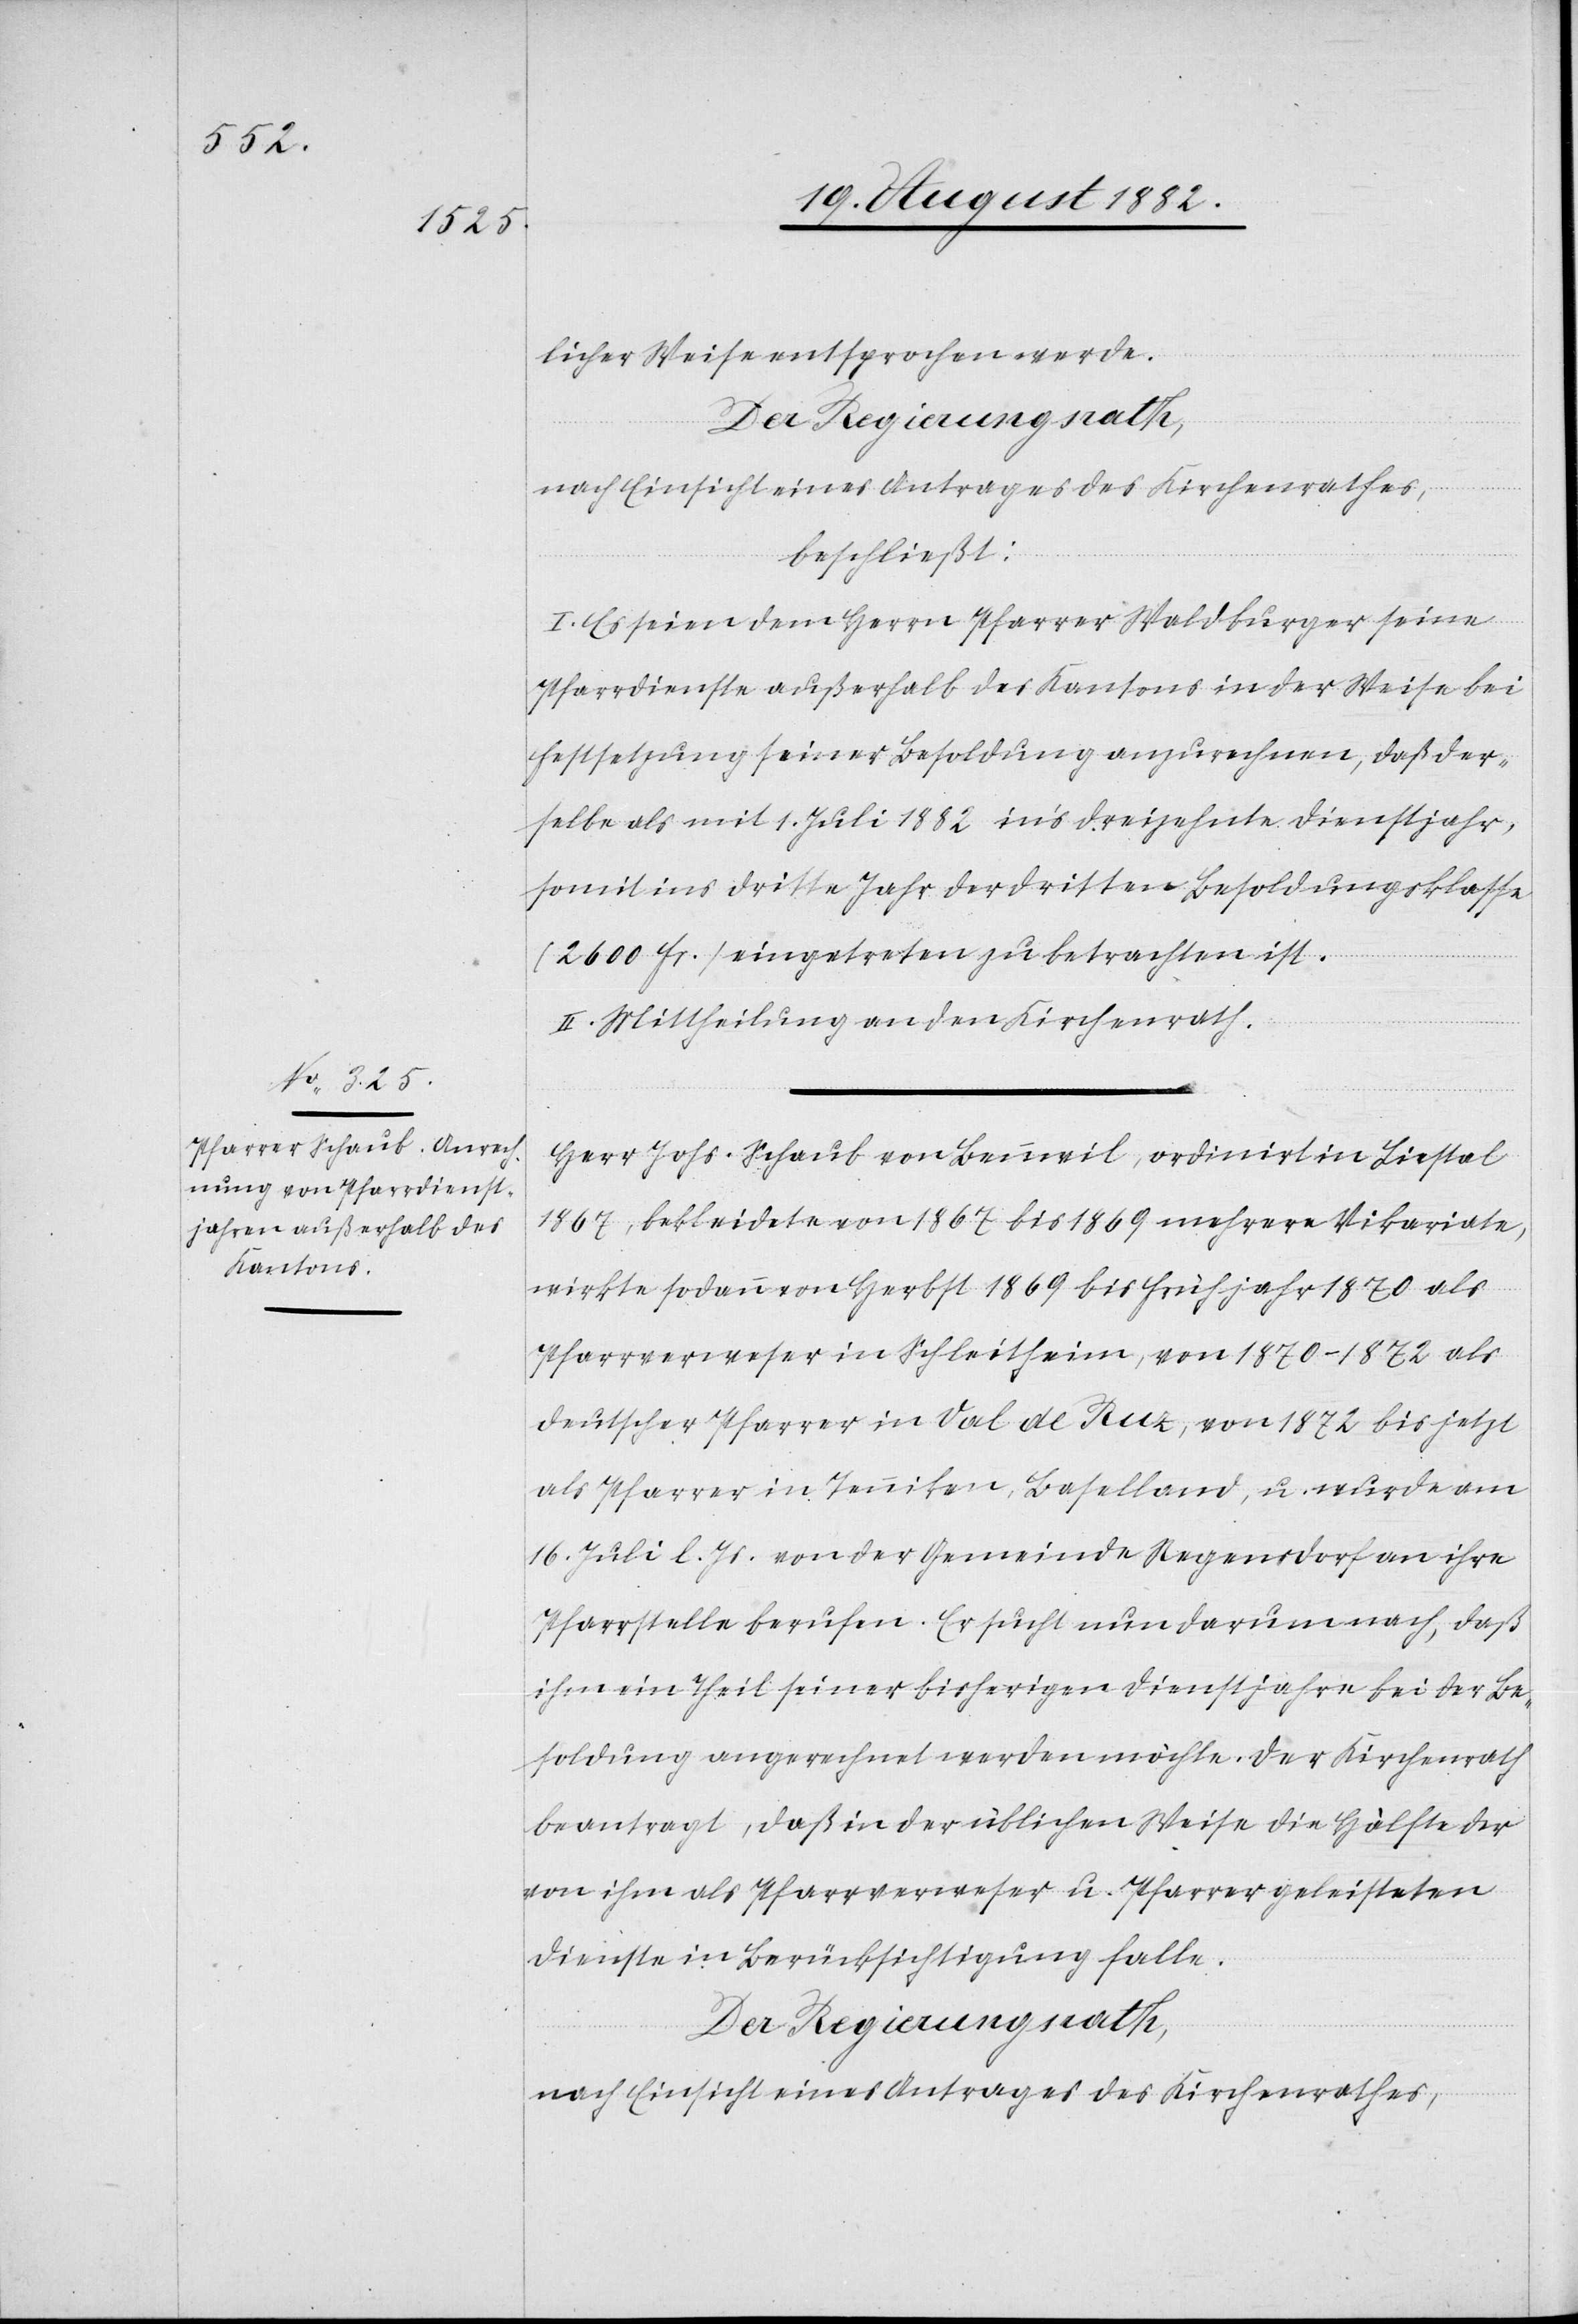
licher Weise entsprochen werde.
Der Regierungsrath,
nach Einsicht eines Antrages des Kirchenrathes,
beschließt:
I. Es seien dem Herrn Pfarrer Waldburger seine
Pfarrdienste außerhalb des Kantons in der Weise bei
Festsetzung seiner Besoldung anzurechnen, daß der¬
selbe als mit 1. Juli 1882 in’s dreizehnte Dienstjahr,
somit ins dritte Jahr der dritten Besoldungsklasse
(2600 Fr.) eingetreten zu betrachten ist.
II. Mittheilung an den Kirchenrath.
ariate,
Herr Johs. Schaub von Bennwil, ordinirt in Liestal
1867, bekleidete von 1867 bis 1869 mehrere Vikariate,
wirkte sodann von Herbst 1869 bis Frühjahr 1879 als
Pfarrverweser in Schleitheim, von 1870–1872 als
deutscher Pfarrer in Val de Ruz, von 1872 bis jetzt
als Pfarrer in Tennikon, Baselland, u. wurde am
16. Juli l. Js. von der Gemeinde Regensdorf an ihre
Pfarrstelle berufen. Er sucht nun darum nach, daß
ihm ein Theil seiner bisherigen Dienstjahre bei der Be¬
soldung angerechnet werden möchte. Der Kirchenrath
beantragt, daß in der üblichen Weise die Hälfte der
von ihm als Pfarrverweser u. Pfarrer geleisteten
Dienste in Berücksichtigung falle.